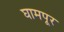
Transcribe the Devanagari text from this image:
घामपूर